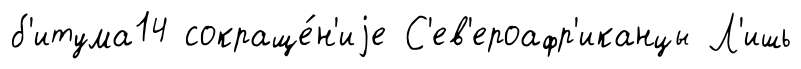
б'итума14 сокраще́н'иjе С'ев'ероафр'иканцы Л'ишь